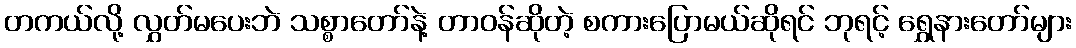
တကယ်လို့ လွှတ်မပေးဘဲ သစ္စာတော်နဲ့ တာဝန်ဆိုတဲ့ စကားပြောမယ်ဆိုရင် ဘုရင့် ရွှေနားတော်များ